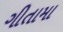
ગીતામા